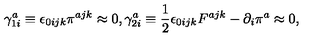
\gamma _ { 1 i } ^ { a } \equiv \epsilon _ { 0 i j k } \pi ^ { a j k } \approx 0 , \gamma _ { 2 i } ^ { a } \equiv \frac { 1 } { 2 } \epsilon _ { 0 i j k } F ^ { a j k } - \partial _ { i } \pi ^ { a } \approx 0 ,